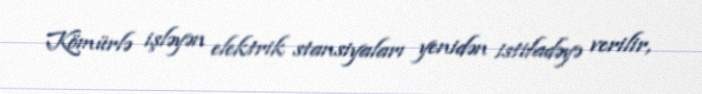
Kömürlə işləyən elektrik stansiyaları yenidən istifadəyə verilir,